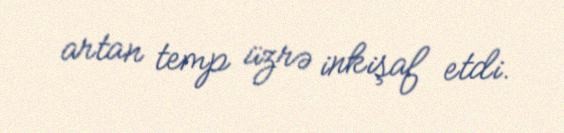
artan temp üzrə inkişaf etdi.